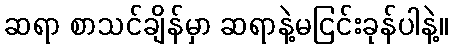
ဆရာ စာသင်ချိန်မှာ ဆရာနဲ့မငြင်းခုန်ပါနဲ့။